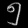
Digit: ၅